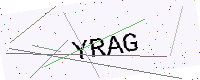
Text: YRAG